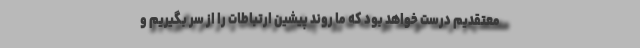
معتقدیم درست خواهد بود که ما روند پیشین ارتباطات را از سر بگیریم و